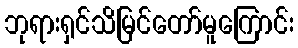
ဘုရားရှင်သိမြင်တော်မူကြောင်း